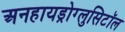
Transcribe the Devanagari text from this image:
अनहायड्रोग्लुसिटॉल